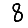
Digit: 8